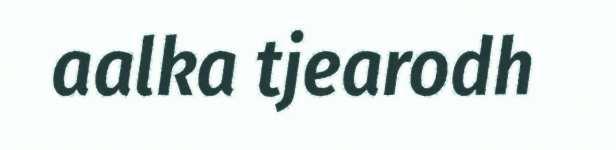
aalka tjearodh